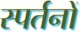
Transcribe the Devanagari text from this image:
स्पर्तनों